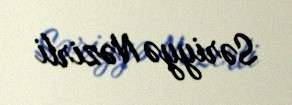
Səriyyə Nəzirli